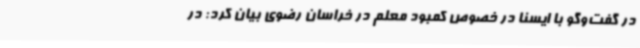
در گفت‌وگو با ایسنا در خصوص کمبود معلم در خراسان رضوی بیان کرد: در